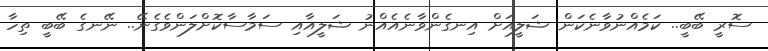
ސޮރީ ބޭބީ.. ކަމެއްނުވާނެކަން ޝަލީއަށް އިނގެންވާނެއެއްނު ޝަލީއާއި ސަމާސާކޮށްލަންވެގެނޭ.. ނޭނގެ ބޭބީ ތިހާ